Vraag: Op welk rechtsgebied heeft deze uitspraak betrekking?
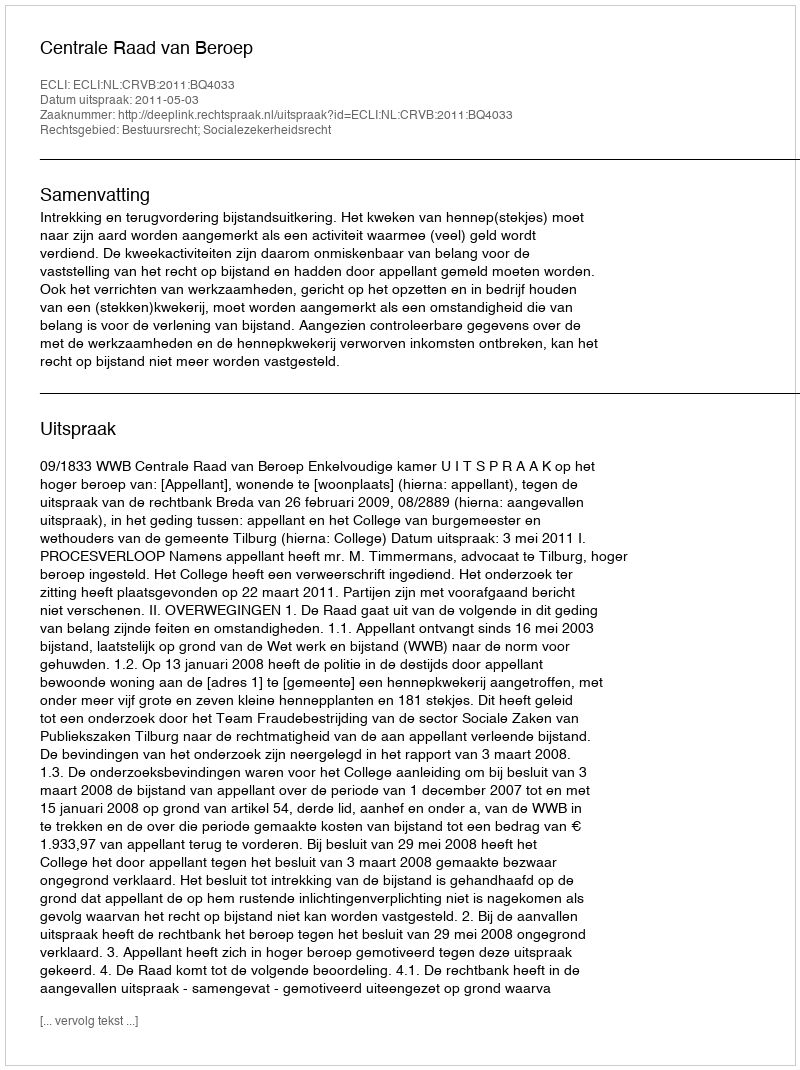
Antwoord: Bestuursrecht; Socialezekerheidsrecht